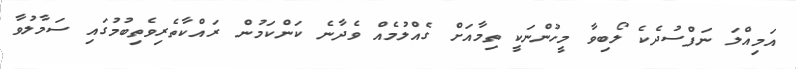
އަމިއްލަ ނަފްސުދެކެ ލޯބިވާ މީހުންނަކީ ތިމާއަށް ގެއްލުމެއް ވެދާނެ ކަންކަމުން ރައްކާތެރިވެތިބުމުގައި ސަމާލުވާ